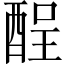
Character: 酲